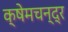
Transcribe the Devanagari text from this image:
क्षेमचन्‍द्र